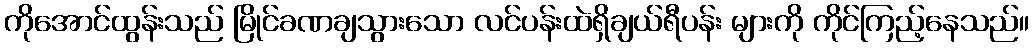
ကိုအောင်ထွန်းသည် မြိုင်ခဏချသွားသော လင်ပန်းထဲရှိချယ်ရီပန်း များကို ကိုင်ကြည့်နေသည်။